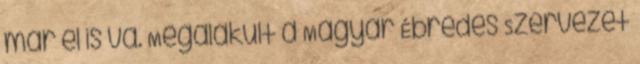
már el is va. Megalakult a Magyar Ébredés Szervezet